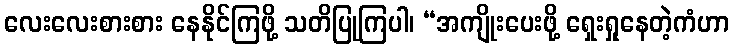
လေးလေးစားစား နေနိုင်ကြဖို့ သတိပြုကြပါ၊ “အကျိုးပေးဖို့ ရှေးရှုနေတဲ့ကံဟာ